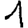
Digit: 1